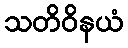
သတိဝိနယံ